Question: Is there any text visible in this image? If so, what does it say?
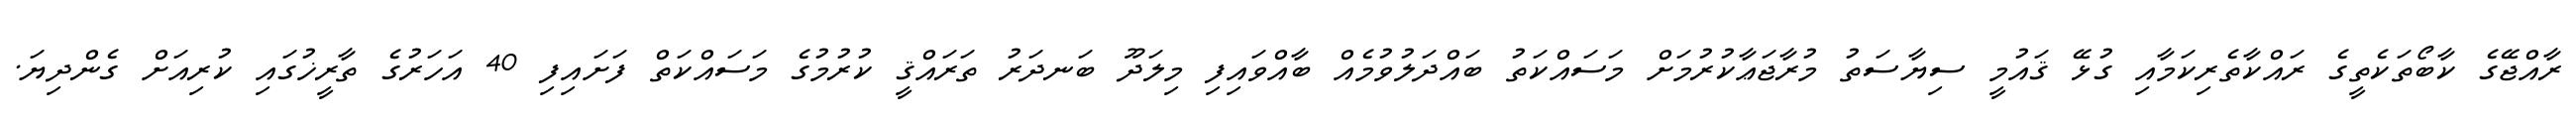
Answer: ރާއްޖޭގެ ކާބޯތަކެތީގެ ރައްކާތެރިކަމާއި ގުޅޭ ޤައުމީ ސިޔާސަތު މުރާޖަޢާކުރުމަށް މަސައްކަތު ބައްދަލުވުމެއް ބާއްވައިފި މިލަދޫ ބަނދަރު ތަރައްޤީ ކުރުމުގެ މަސައްކަތް ފަށައިފި 40 އަހަރުގެ ތާރީޚުގައި ކުރިއަށް ގެންދިޔަ.